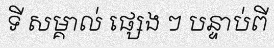
ទី សម្គាល់ ផ្សេង ៗ បន្ទាប់ពី